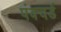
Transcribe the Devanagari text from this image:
पंक्चर्ड